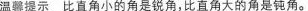
温馨提示 比直角小的角是锐角，比直角大的角是钝角。